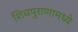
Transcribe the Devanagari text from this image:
शिवपुराणामध्ये